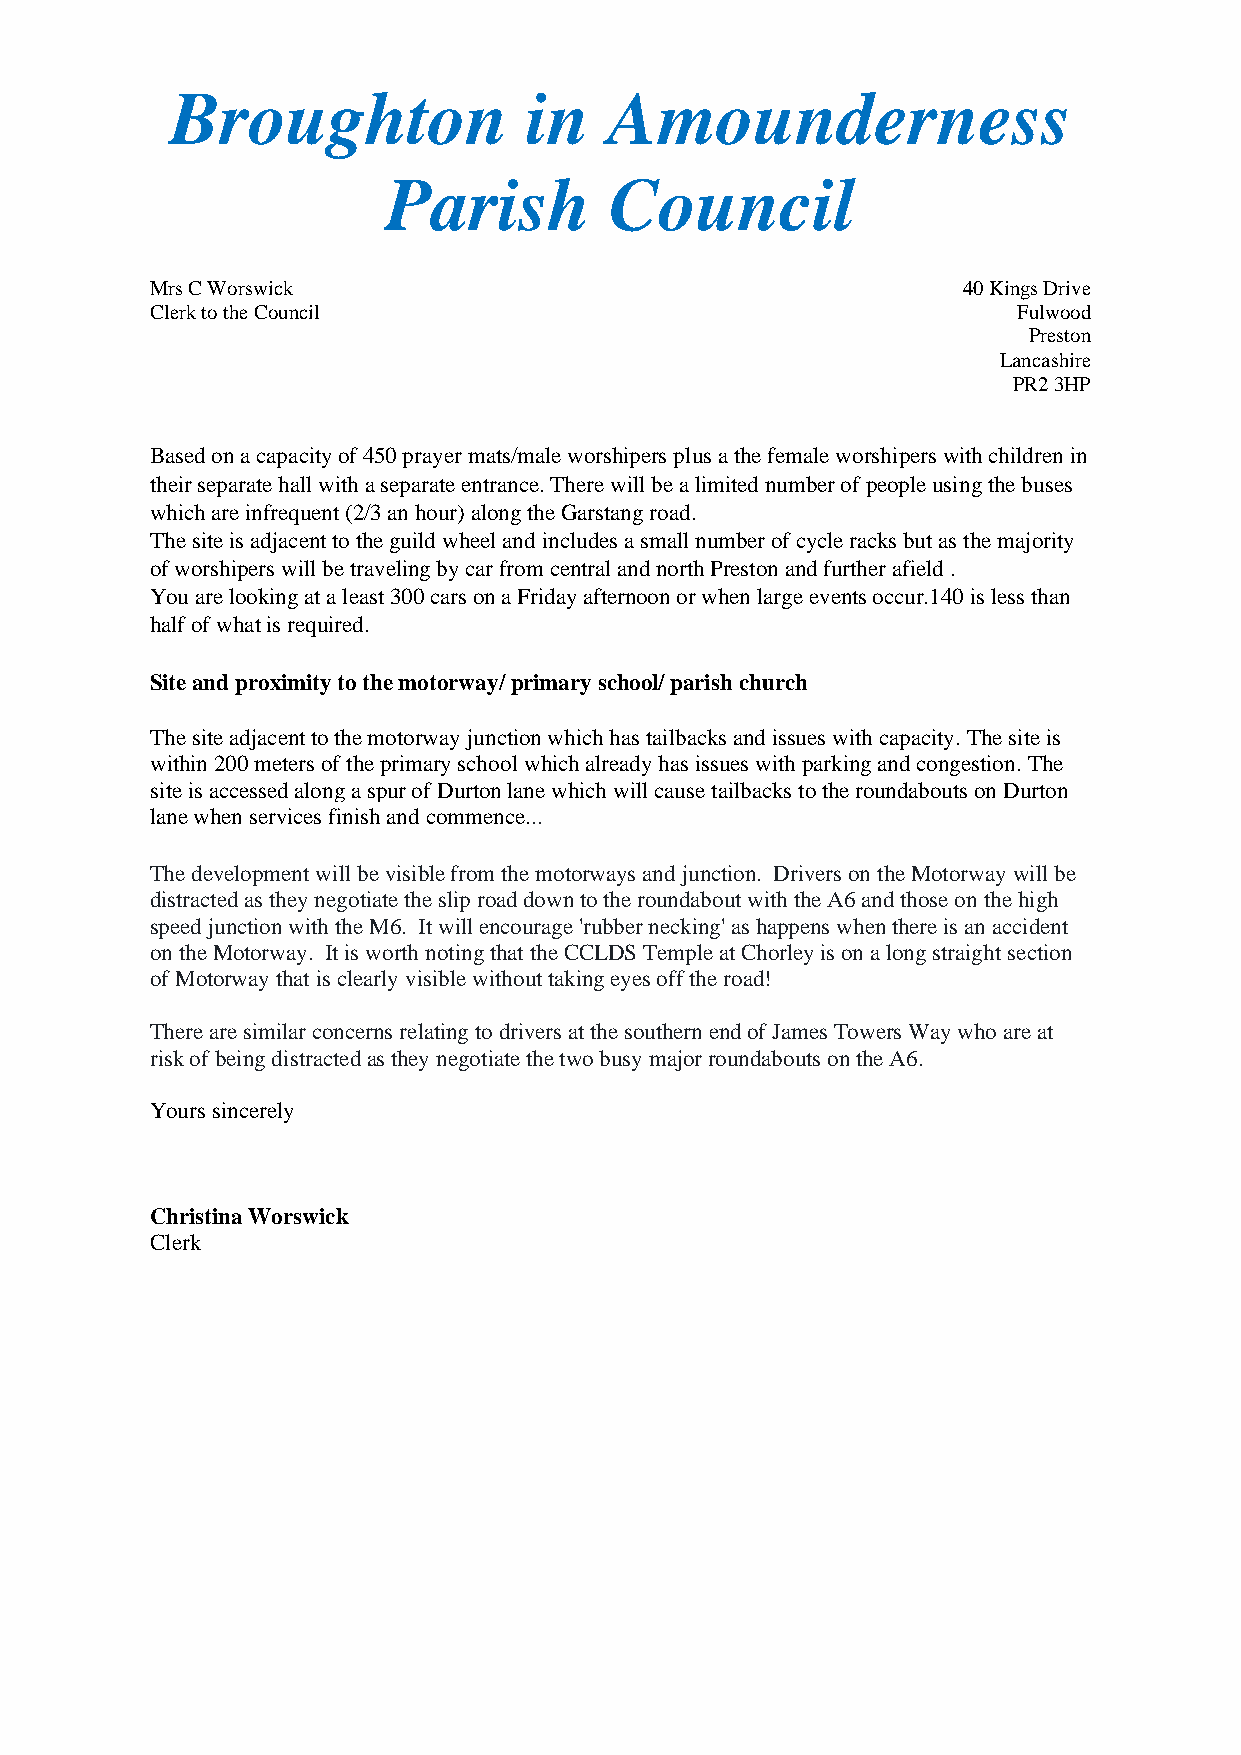
Broughton               in   Amounderness
 Parish        Council
 Mrs C Worswick                                        40 Kings Drive
 Clerk to the Council                                     Fulwood
 Preston
 Lancashire
 PR2 3HP
 Based on a capacity of 450 prayer mats/male worshipers plus a the female worshipers with children in
 their separate hall with a separate entrance. There will be a limited number of people using the buses
 which are infrequent (2/3 an hour) along the Garstang road.
 The site is adjacent to the guild wheel and includes a small number of cycle racks but as the majority
 of worshipers will be traveling by car from central and north Preston and further afield .
 You are looking at a least 300 cars on a Friday afternoon or when large events occur.140 is less than
 half of what is required.
 Site and proximity to the motorway/ primary school/ parish church
 The site adjacent to the motorway junction which has tailbacks and issues with capacity. The site is
 within 200 meters of the primary school which already has issues with parking and congestion. The
 site is accessed along a spur of Durton lane which will cause tailbacks to the roundabouts on Durton
 lane when services finish and commence...
 The development will be visible from the motorways and junction. Drivers on the Motorway will be
 distracted as they negotiate the slip road down to the roundabout with the A6 and those on the high
 speed junction with the M6. It will encourage 'rubber necking' as happens when there is an accident
 on the Motorway. It is worth noting that the CCLDS Temple at Chorley is on a long straight section
 of Motorway that is clearly visible without taking eyes off the road!
 There are similar concerns relating to drivers at the southern end of James Towers Way who are at
 risk of being distracted as they negotiate the two busy major roundabouts on the A6.
 Yours sincerely
 Christina Worswick
 Clerk